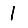
Digit: 1